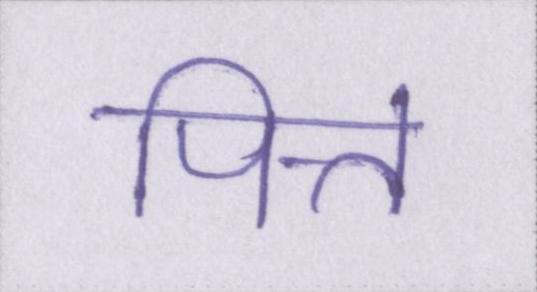
पित्त